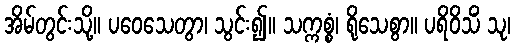
အိမ်တွင်းသို့။ ပဝေသေတွာ၊ သွင်း၍။ သက္ကစ္စံ၊ ရိုသေစွာ။ ပရိဝိသိံ သု၊